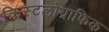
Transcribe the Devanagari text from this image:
क्रिस्टलोग्राफिक